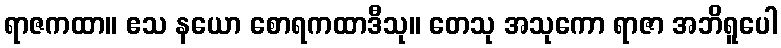
ရာဇကထာ။ ဧသ နယော စောရကထာဒီသု။ တေသု အသုကော ရာဇာ အဘိရူပေါ